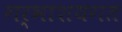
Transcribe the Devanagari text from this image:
गर्भाशयगत